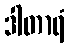
ဒါတာရံ